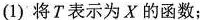
(1)将T表示为X的函数；